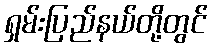
ရှမ်းပြည်နယ်တို့တွင်